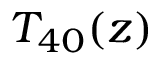
T _ { 4 0 } ( z )